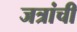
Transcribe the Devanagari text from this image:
जत्रांची